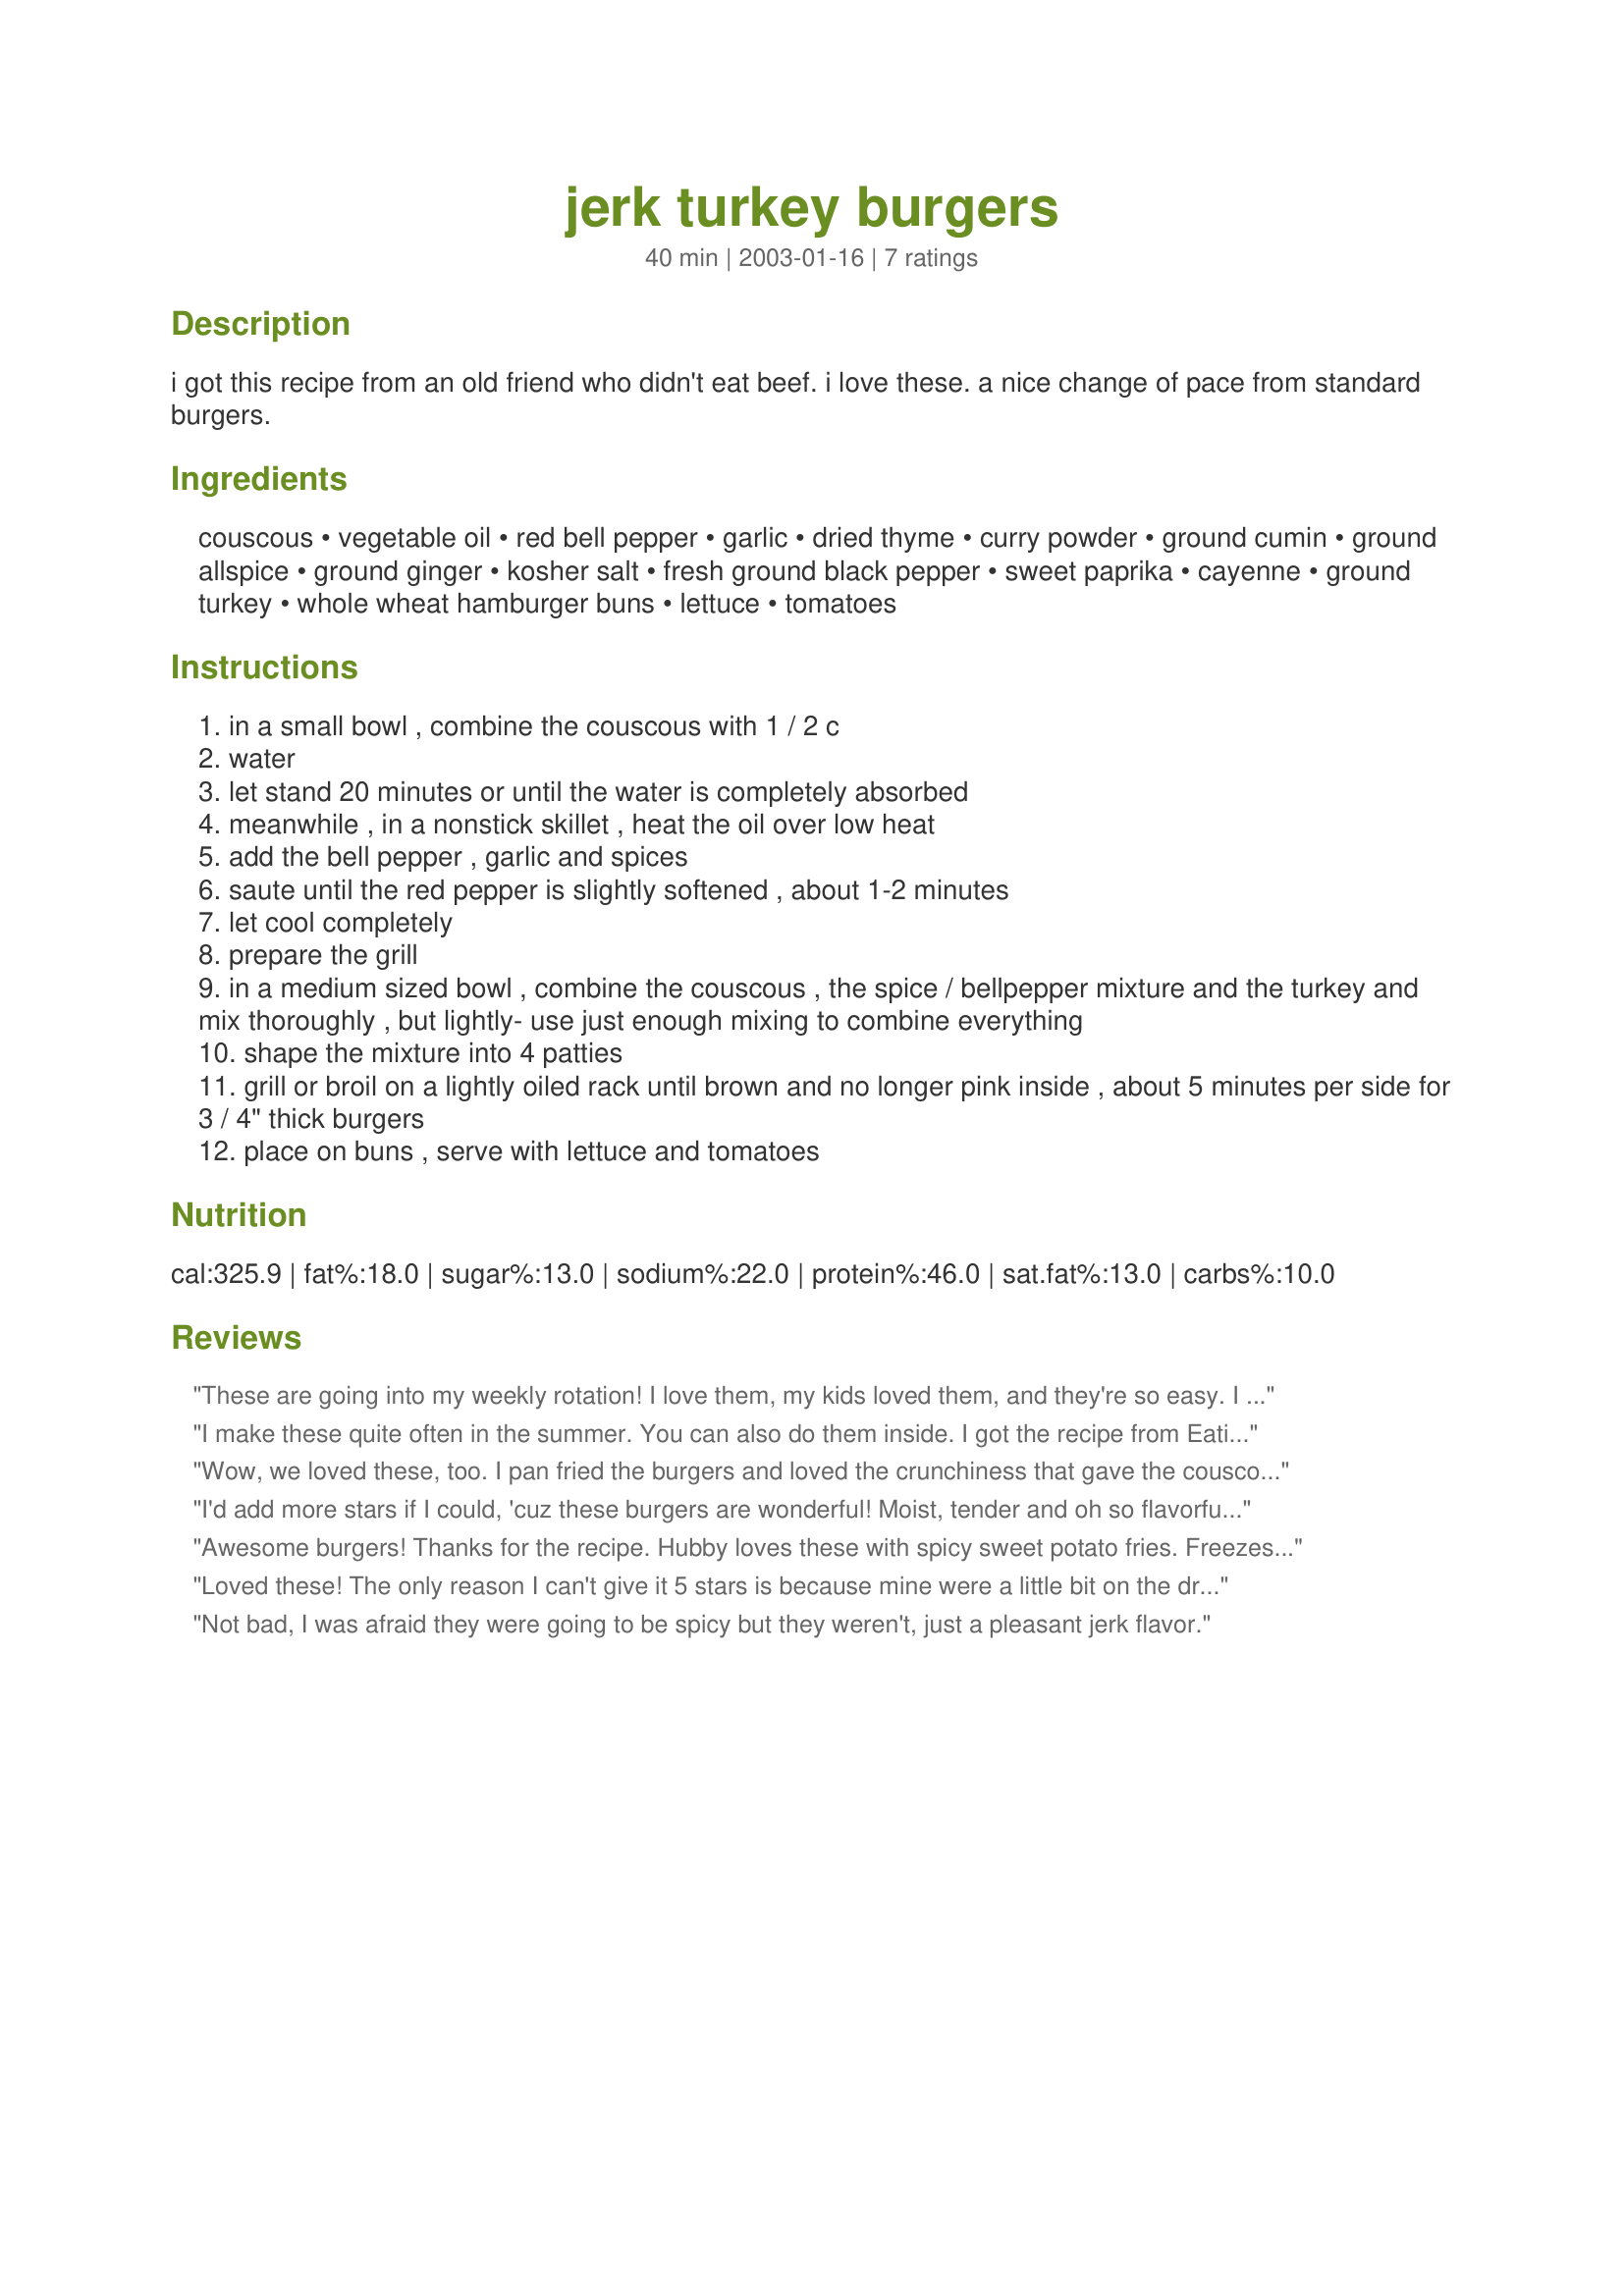
jerk turkey burgers
Preparation time: 40 minutes

i got this recipe from an old friend who didn't eat beef. i love these. a nice change of pace from standard burgers.

Ingredients:
couscous, vegetable oil, red bell pepper, garlic, dried thyme, curry powder, ground cumin, ground allspice, ground ginger, kosher salt, fresh ground black pepper, sweet paprika, cayenne, ground turkey, whole wheat hamburger buns, lettuce, tomatoes

Steps:
in a small bowl , combine the couscous with 1 / 2 c
water
let stand 20 minutes or until the water is completely absorbed
meanwhile , in a nonstick skillet , heat the oil over low heat
add the bell pepper , garlic and spices
saute until the red pepper is slightly softened , about 1-2 minutes
let cool completely
prepare the grill
in a medium sized bowl , combine the couscous , the spice / bellpepper mixture and the turkey and mix thoroughly , but lightly- use just enough mixing to combine everything
shape the mixture into 4 patties
grill or broil on a lightly oiled rack until brown and no longer pink inside , about 5 minutes per side for 3 / 4" thick burgers
place on buns , serve with lettuce and tomatoes

Reviews:
These are going into my weekly rotation! I love them, my kids loved them, and they're so easy. I dressed them just like regular burgers and that was perfect. The only thing I did differently was cook them on the stove top in the same pan I sauted the peppers in. Served with recipe #145165. Thanks P4! EDIT: I had tripled the recipe so I had quite a few leftover, and I have to say these things reheat so well they taste fresh. Cook up a ton and freeze them!
I make these quite often in the summer. You can also do them inside. I got the recipe from Eating Well July/Aug. 1993.
Wow, we loved these, too. I pan fried the burgers and loved the crunchiness that gave the couscous on the outside of the patty. I didn't think I was a fan of couscous but this recipe is going to change my mind. These were GREAT, P4. I didn't change anything else other than adding a slice of cheddar.
I'd add more stars if I could, 'cuz these burgers are wonderful! Moist, tender and oh so flavorful! After surfing thru hundreds of turkey recipes here, I was ready to give up when your recipe came up. I was hoping to find something new and exciting and never imagined it would be so scrumptious! Had to sub jarred roasted red peppers for fresh and I too pan fried the burgers. Also used some of Derf's leftover Curried Couscous,#16866, in place of the plain. Thanks for a great recipe!!
Awesome burgers! Thanks for the recipe. Hubby loves these with spicy sweet potato fries. Freezes well in individual portions.
Loved these! The only reason I can't give it 5 stars is because mine were a little bit on the dry side. I don't know why, but I did cook them on the grill. I did not use a bun, but served them with mango salsa which complemented the taste of the burgers wonderfully. I mashed up the salsa a bit to make it more like a sauce, and served a pinto grigio to drink. Wonderful blend of flavors! I will definitely make these again!
Not bad, I was afraid they were going to be spicy but they weren't, just a pleasant jerk flavor.
